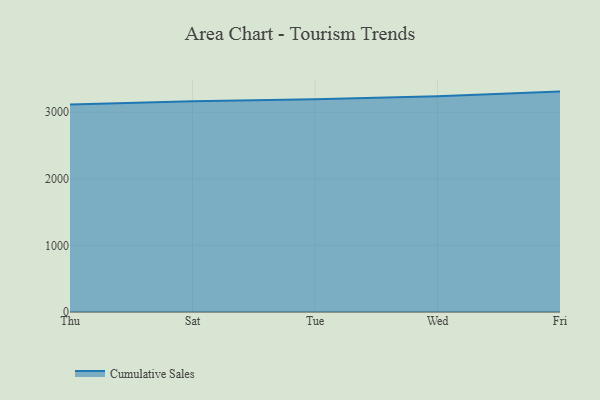
{"axis": {"x": "Day", "y": "Shipments"}, "legend": ["Cumulative Sales"], "data": [{"x": "Thu", "y": 3115.7, "type": "Cumulative Sales"}, {"x": "Sat", "y": 3164.1, "type": "Cumulative Sales"}, {"x": "Tue", "y": 3192.8, "type": "Cumulative Sales"}, {"x": "Wed", "y": 3239.0, "type": "Cumulative Sales"}, {"x": "Fri", "y": 3308.9, "type": "Cumulative Sales"}]}